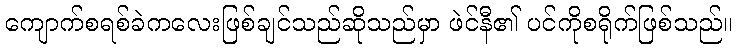
ကျောက်စရစ်ခဲကလေးဖြစ်ချင်သည်ဆိုသည်မှာ ဖဲင်နီ၏ ပင်ကိုစရိုက်ဖြစ်သည်။